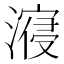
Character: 𣽧